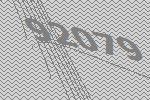
92079